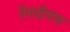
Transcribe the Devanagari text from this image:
रँगाईपात्र